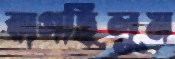
রাগছিলুম